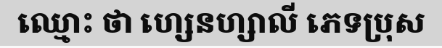
ឈ្មោះ ថា ហ្សេនហ្សាលី ភេទប្រុស